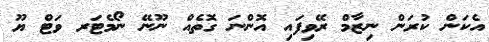
އެކަން ކުރަން ނިޒާމް ރޭވިފައި އޮންނަ ގޮތެއް ނޫނޭ ނޯމެޓަރ ވަޓް ޔޫ